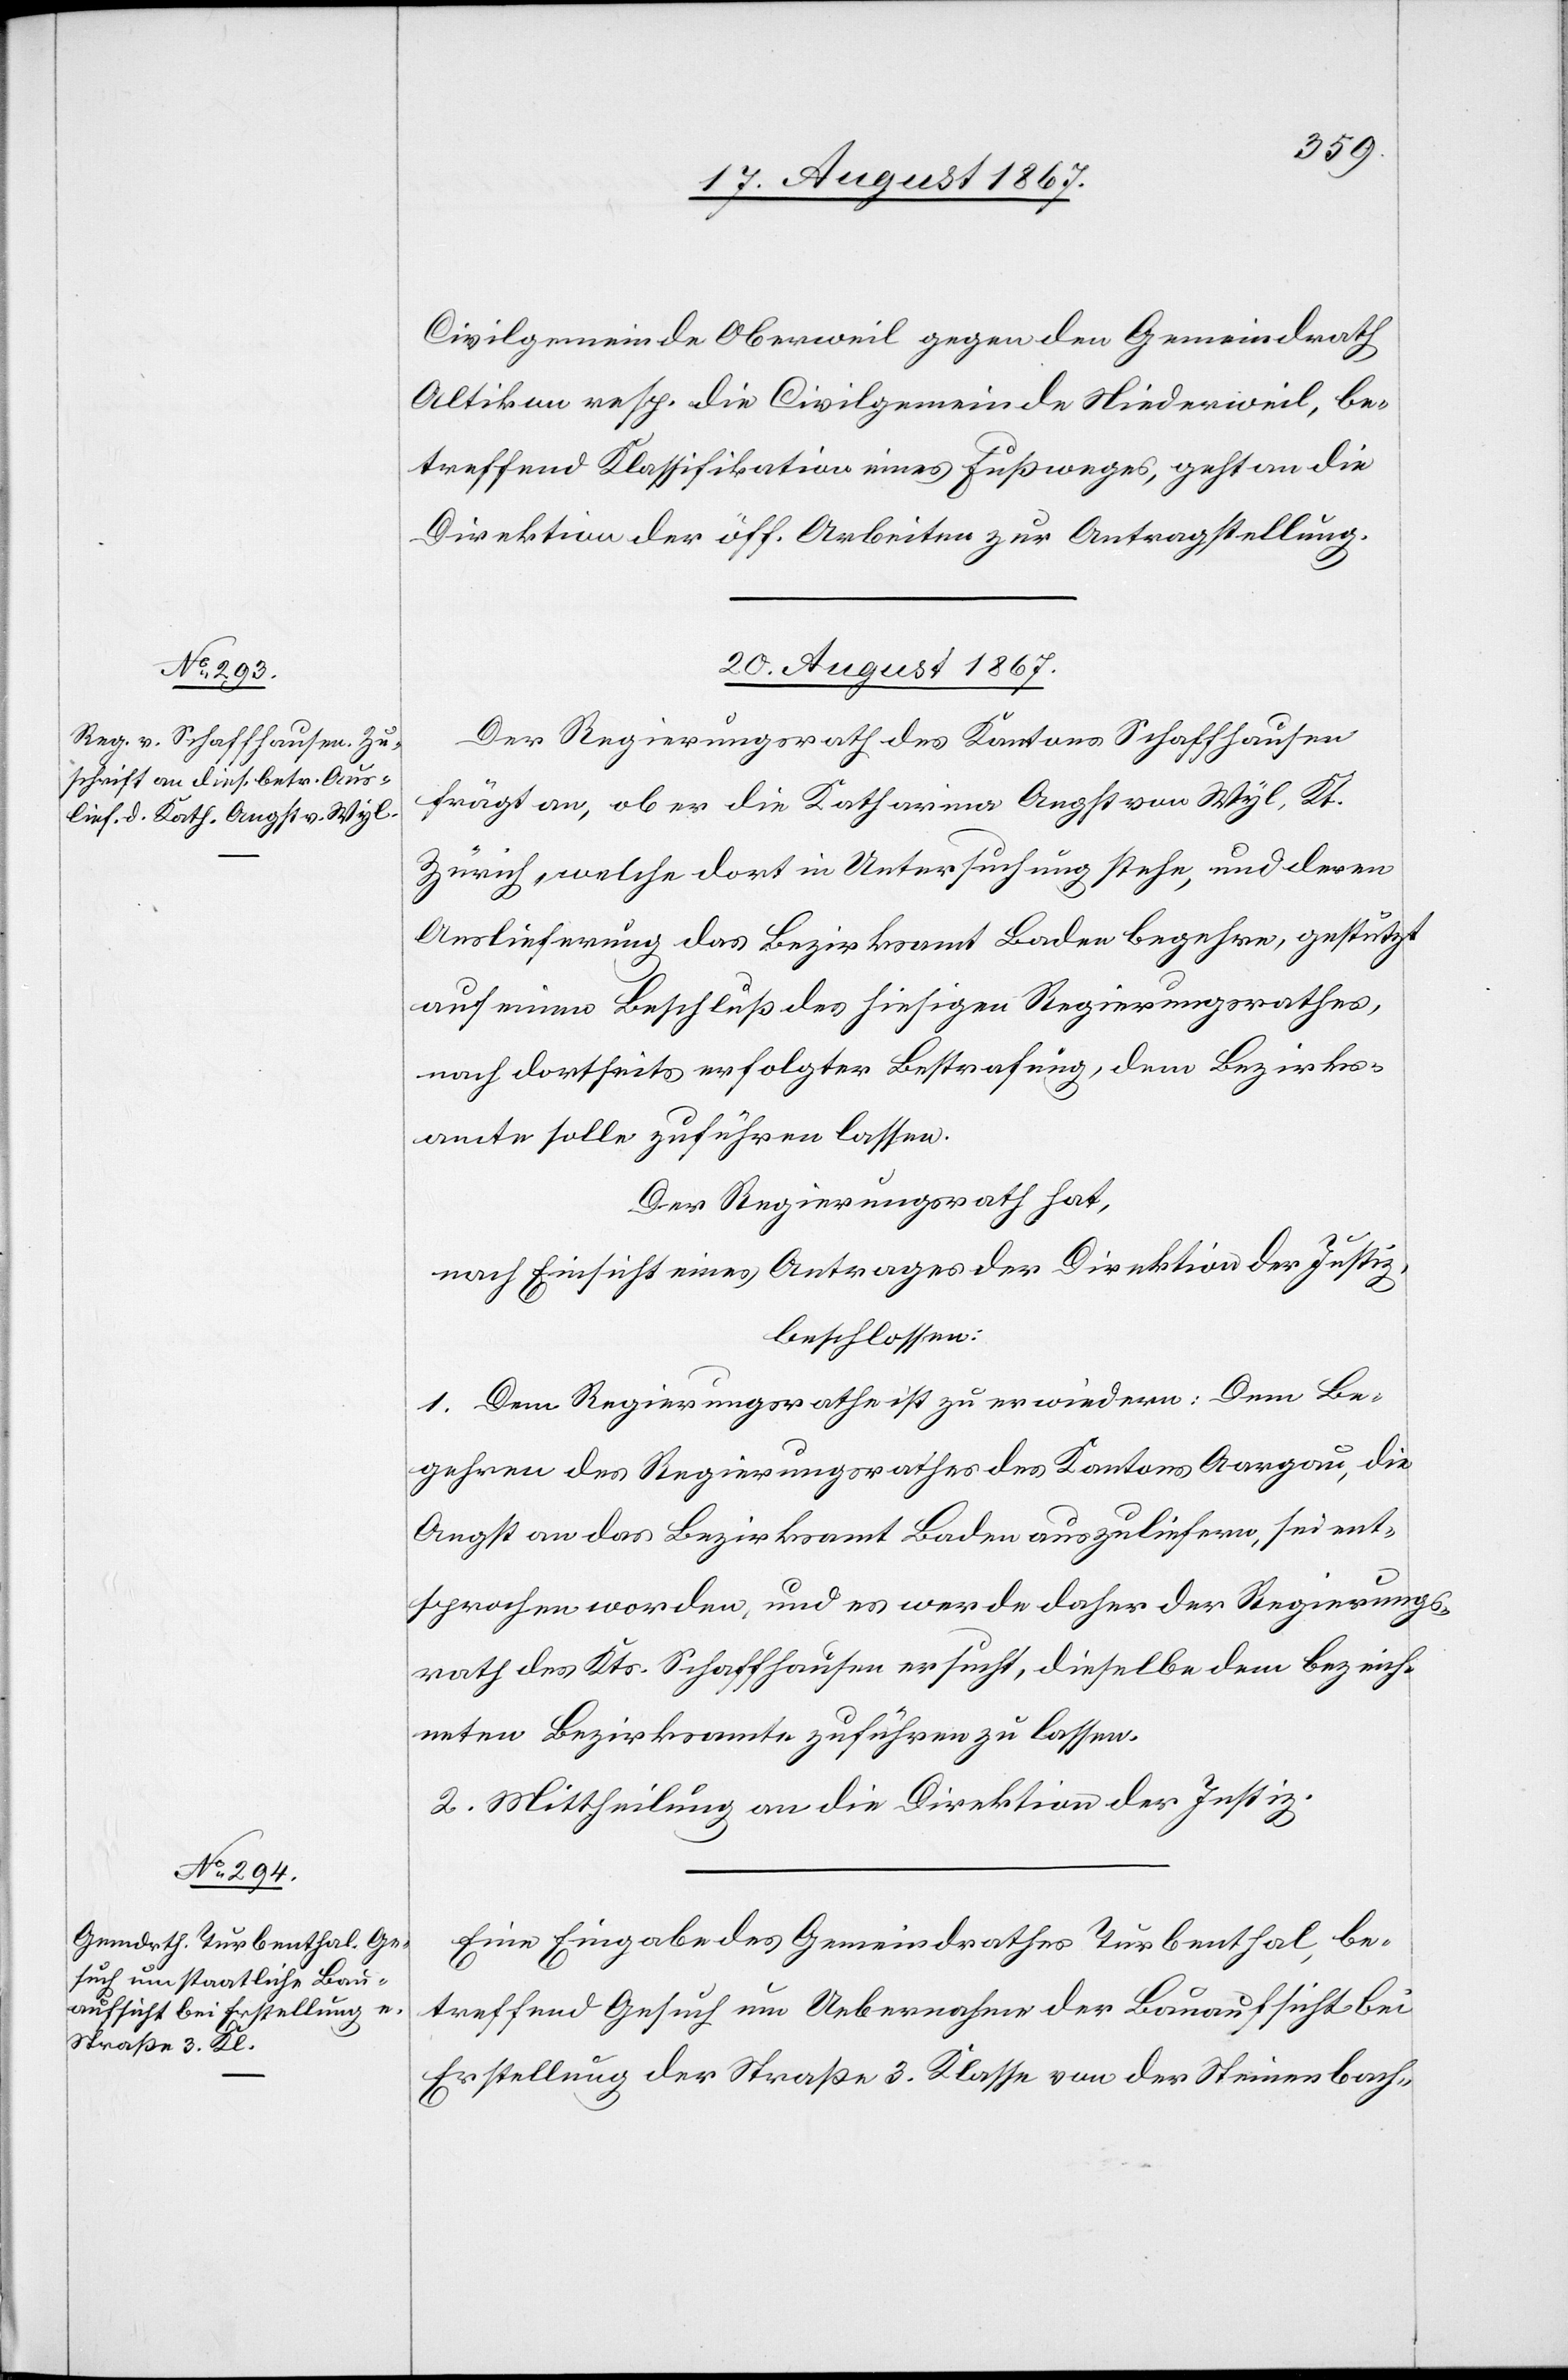
Civilgemeinde Oberweil gegen den Gemeindrath
Altikon resp. die Civilgemeinde Niederweil, be¬
treffend Klassifikation eines Fußweges, geht an die
Direktion der öff. Arbeiten zur Antragstellung.
20. August 1867.]
Der Regierungsrath des Kantons Schaffhausen
frägt an, ob er die Katharina Angst von Wyl, Kt.
Zürich, welche dort in Untersuchung stehe, und deren
Auslieferung das Bezirksamt Baden begehre, gestützt
auf einen Beschluß des hiesigen Regierungsrathes,
nach dortseits erfolgter Bestrafung, dem Bezirks¬
amte solle zuführen lassen.
Der Regierungsrath,
nach Einsicht eines Antrages der Direktion der Justiz,
beschlossen:
1. Dem Regierungsrathe ist zu erwiedern: Dem Be¬
gehren des Regierungsrathes des Kantons Aargau, die
Angst an das Bezirksamt Baden auszuliefern, sei ent¬
sprochen worden, und es werde daher der Regierungs¬
rath des Kts. Schaffhausen ersucht, dieselbe dem bezeich¬
neten Bezirksamte zuführen zu lassen.
2. Mittheilung an die Direktion der Justiz.
Eine Eingabe des Gemeindrathes Turbenthal, be¬
treffend Gesuch um Uebernahme der Bauaufsicht bei
Erstellung der Straße 3. Klasse von der Steinensbach-